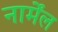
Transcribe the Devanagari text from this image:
नार्मेंल